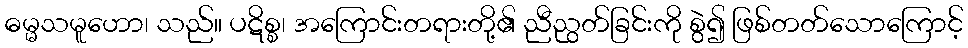
ဓမ္မသမူဟော၊ သည်။ ပဋိစ္စ၊ အကြောင်းတရားတို့၏ ညီညွတ်ခြင်းကို စွဲ၍ ဖြစ်တတ်သောကြောင့်